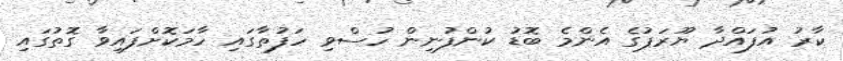
ކާރު އުފައްދާ ޔޫރަޕުގެ އެންމެ ބޮޑު ކުންފުނިން ހުސްވި ހަފުތާގައި ހާމަކޮށްފައިވާ ގޮތުގައި